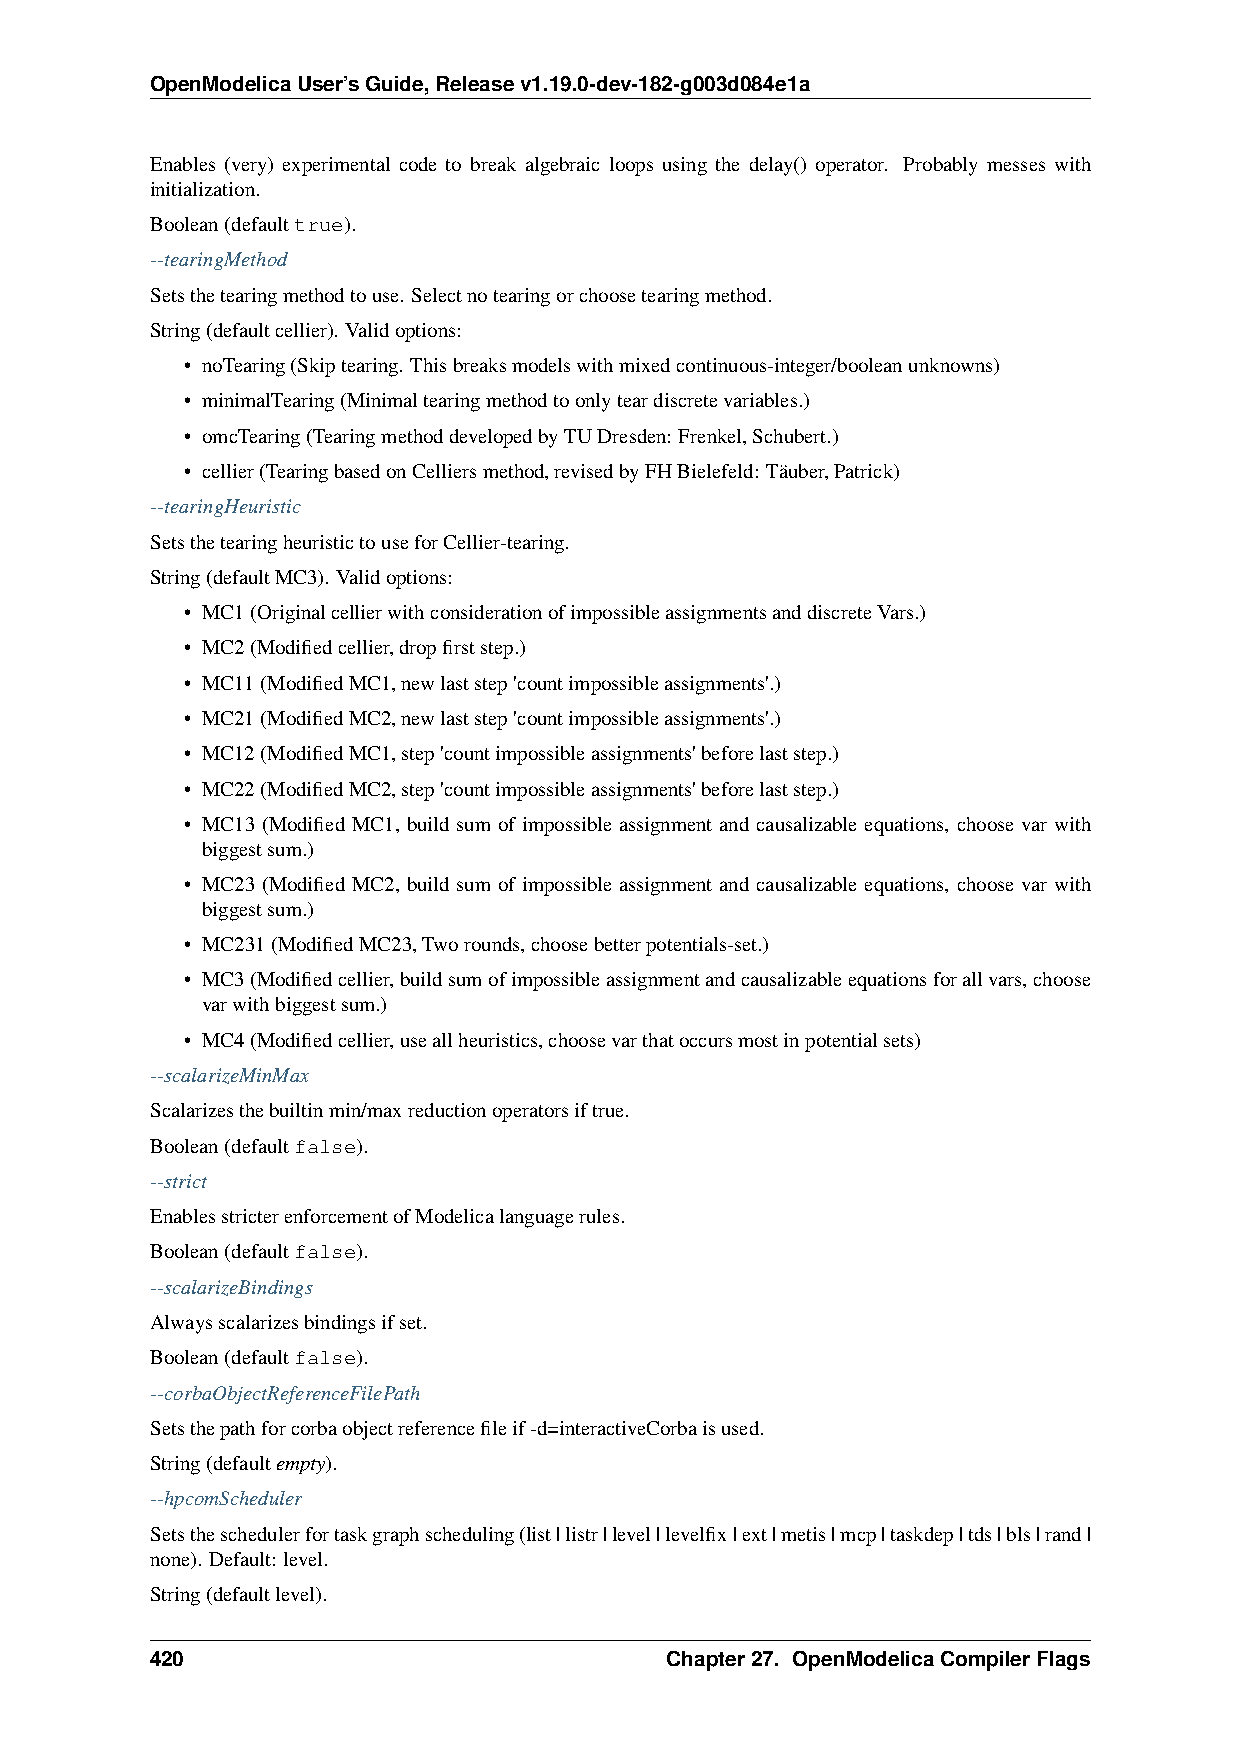
OpenModelicaUser’sGuide,Releasev1.19.0-dev-182-g003d084e1a
 Enables (very) experimental code to break algebraic loops using the delay() operator. Probably messes with
 initialization.
 Boolean(defaulttrue).
 --tearingMethod
 Setsthetearingmethodtouse. Selectnotearingorchoosetearingmethod.
 String(defaultcellier). Validoptions:
 • noTearing(Skiptearing. Thisbreaksmodelswithmixedcontinuous-integer/booleanunknowns)
 • minimalTearing(Minimaltearingmethodtoonlyteardiscretevariables.)
 • omcTearing(TearingmethoddevelopedbyTUDresden: Frenkel,Schubert.)
 • cellier(TearingbasedonCelliersmethod,revisedbyFHBielefeld: Täuber,Patrick)
 --tearingHeuristic
 SetsthetearingheuristictouseforCellier-tearing.
 String(defaultMC3). Validoptions:
 • MC1(OriginalcellierwithconsiderationofimpossibleassignmentsanddiscreteVars.)
 • MC2(Modifiedcellier,dropfirststep.)
 • MC11(ModifiedMC1,newlaststep'countimpossibleassignments'.)
 • MC21(ModifiedMC2,newlaststep'countimpossibleassignments'.)
 • MC12(ModifiedMC1,step'countimpossibleassignments'beforelaststep.)
 • MC22(ModifiedMC2,step'countimpossibleassignments'beforelaststep.)
 • MC13 (Modified MC1, build sum of impossible assignment and causalizable equations, choose var with
 biggestsum.)
 • MC23 (Modified MC2, build sum of impossible assignment and causalizable equations, choose var with
 biggestsum.)
 • MC231(ModifiedMC23,Tworounds,choosebetterpotentials-set.)
 • MC3(Modifiedcellier,buildsumofimpossibleassignmentandcausalizableequationsforallvars,choose
 varwithbiggestsum.)
 • MC4(Modifiedcellier,useallheuristics,choosevarthatoccursmostinpotentialsets)
 --scalarizeMinMax
 Scalarizesthebuiltinmin/maxreductionoperatorsiftrue.
 Boolean(defaultfalse).
 --strict
 EnablesstricterenforcementofModelicalanguagerules.
 Boolean(defaultfalse).
 --scalarizeBindings
 Alwaysscalarizesbindingsifset.
 Boolean(defaultfalse).
 --corbaObjectReferenceFilePath
 Setsthepathforcorbaobjectreferencefileif-d=interactiveCorbaisused.
 String(defaultempty).
 --hpcomScheduler
 Setstheschedulerfortaskgraphscheduling(list|listr|level|levelfix|ext|metis|mcp|taskdep|tds|bls|rand|
 none). Default: level.
 String(defaultlevel).
 420                               Chapter27. OpenModelicaCompilerFlags